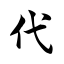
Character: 代